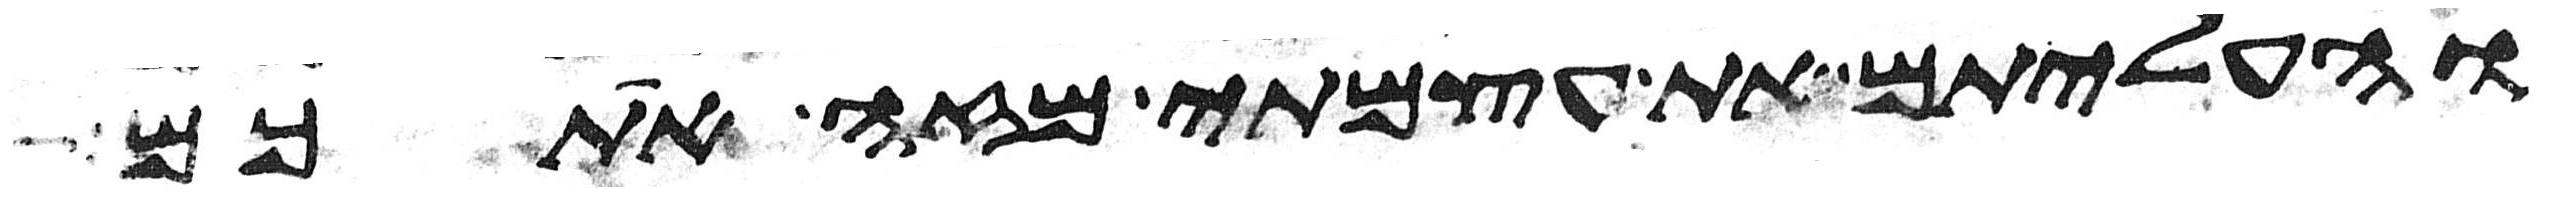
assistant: והעליתם את עצמתי מזה אתכם